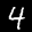
Digit: 4